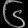
Digit: ၆